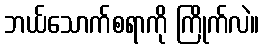
ဘယ်သောက်စရာကို ကြိုက်လဲ။